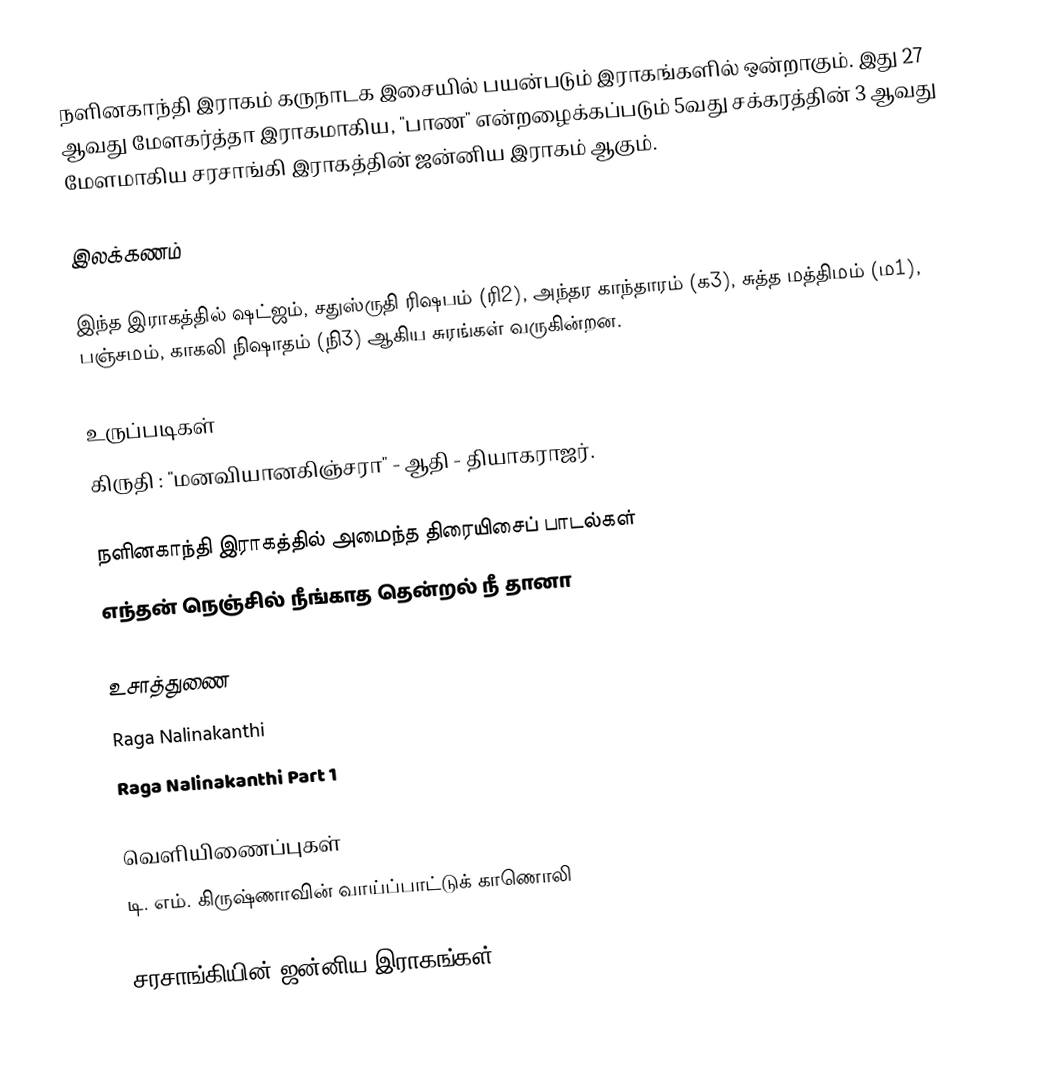
நளினகாந்தி இராகம் கருநாடக இசையில் பயன்படும் இராகங்களில் ஒன்றாகும். இது 27 ஆவது மேளகர்த்தா இராகமாகிய, "பாண" என்றழைக்கப்படும் 5வது சக்கரத்தின் 3 ஆவது மேளமாகிய சரசாங்கி இராகத்தின் ஜன்னிய இராகம் ஆகும்.

இலக்கணம்

 இந்த இராகத்தில் ஷட்ஜம், சதுஸ்ருதி ரிஷபம் (ரி2), அந்தர காந்தாரம் (க3), சுத்த மத்திமம் (ம1), பஞ்சமம்,  காகலி நிஷாதம் (நி3)  ஆகிய சுரங்கள் வருகின்றன.

உருப்படிகள்
 கிருதி	: "மனவியானகிஞ்சரா"		- ஆதி	- தியாகராஜர்.

நளினகாந்தி இராகத்தில் அமைந்த திரையிசைப் பாடல்கள்
 எந்தன் நெஞ்சில் நீங்காத தென்றல் நீ தானா

உசாத்துணை
 Raga Nalinakanthi
 Raga Nalinakanthi Part 1

வெளியிணைப்புகள்
 டி. எம். கிருஷ்ணாவின் வாய்ப்பாட்டுக் காணொலி

சரசாங்கியின் ஜன்னிய இராகங்கள்